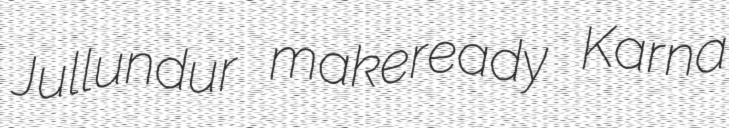
Jullundur makeready Karna